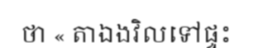
ថា « តាឯងវិលទៅផ្ទះ